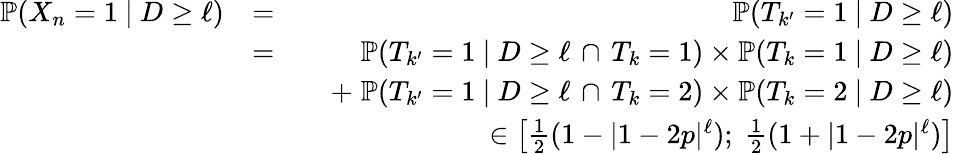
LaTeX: \begin{array}{rlr}{\mathbb{P}(X_{n}=1\ |\ D\geq\ell)}&{=}&{\mathbb{P}(T_{k^{\prime}}=1\ |\ D\geq\ell)}\\ &{=}&{\mathbb{P}(T_{k^{\prime}}=1\ |\ D\geq\ell\, \cap\, T_{k}=1)\times\mathbb{P}(T_{k}=1\ |\ D\geq\ell)}\\ &{}&{\quad+\; \mathbb{P}(T_{k^{\prime}}=1\ |\ D\geq\ell\, \cap\, T_{k}=2)\times\mathbb{P}(T_{k}=2\ |\ D\geq\ell)}\\ &{}&{\in\left[\frac{1}{2}(1-|1-2p|^{\ell});\; \frac{1}{2}(1+|1-2p|^{\ell})\right]}\end{array}